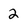
Character: 2